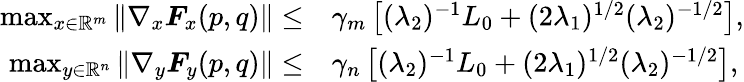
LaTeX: \begin{array}{rl}{\operatorname*{max}_{x\in\mathbb{R}^{m}}\left\| \nabla_{x}\boldsymbol{F}_{x}(p,q)\right\| \leq}&{\gamma_{m}\left[(\lambda_{2})^{-1}L_{0}+(2\lambda_{1})^{1/2}(\lambda_{2})^{-1/2}\right],}\\ {\operatorname*{max}_{y\in\mathbb{R}^{n}}\left\| \nabla_{y}\boldsymbol{F}_{y}(p,q)\right\| \leq}&{\gamma_{n}\left[(\lambda_{2})^{-1}L_{0}+(2\lambda_{1})^{1/2}(\lambda_{2})^{-1/2}\right],}\end{array}